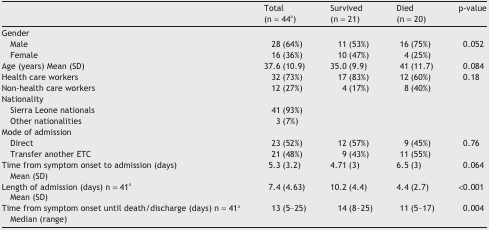
<table><thead><tr><td></td><td><b>Total(n = 44a)</b></td><td><b>Survived(n = 21)</b></td><td><b>Died(n = 20)</b></td><td><b>p-value</b></td></tr></thead><tbody><tr><td>Gender</td><td></td><td></td><td></td><td></td></tr><tr><td> Male</td><td>28 (64%)</td><td>11 (53%)</td><td>16 (75%)</td><td>0.052</td></tr><tr><td> Female</td><td>16 (36%)</td><td>10 (47%)</td><td>4 (25%)</td><td></td></tr><tr><td>Age (years) Mean (SD)</td><td>37.6 (10.9)</td><td>35.0 (9.9)</td><td>41 (11.7)</td><td>0.084</td></tr><tr><td>Health care workers</td><td>32 (73%)</td><td>17 (83%)</td><td>12 (60%)</td><td>0.18</td></tr><tr><td>Non-health care workers</td><td>12 (27%)</td><td>4 (17%)</td><td>8 (40%)</td><td></td></tr><tr><td>Nationality</td><td></td><td></td><td></td><td></td></tr><tr><td> Sierra Leone nationals</td><td>41 (93%)</td><td></td><td></td><td></td></tr><tr><td> Other nationalities</td><td>3 (7%)</td><td></td><td></td><td></td></tr><tr><td>Mode of admission</td><td></td><td></td><td></td><td></td></tr><tr><td> Direct</td><td>23 (52%)</td><td>12 (57%)</td><td>9 (45%)</td><td>0.76</td></tr><tr><td> Transfer another ETC</td><td>21 (48%)</td><td>9 (43%)</td><td>11 (55%)</td><td></td></tr><tr><td>Time from symptom onset to admission (days)Mean (SD)</td><td>5.3 (3.2)</td><td>4.71 (3)</td><td>6.5 (3)</td><td>0.064</td></tr><tr><td>Length of admission (days) n = 41aMean (SD)</td><td>7.4 (4.63)</td><td>10.2 (4.4)</td><td>4.4 (2.7)</td><td>&lt;0.001</td></tr><tr><td>Time from symptom onset until death/discharge (days) n = 41aMedian (range)</td><td>13 (5–25)</td><td>14 (8–25)</td><td>11 (5–17)</td><td>0.004</td></tr></tbody></table>